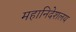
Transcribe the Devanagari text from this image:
महानिदेशलय